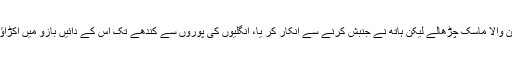
اب کے اس کی سانس اکھڑی تو اس نے چاہا کہ لحاف میں سے ہاتھ نکال کر آکسیجن والا ماسک چڑھالے لیکن ہاتھ نے جنبش کرنے سے انکار کر یا، انگلیوں کی پوروں سے کندھے تک اس کے دائیں بازو میں اکڑاؤ اتر آیا تھا، شاید اس لیے کہ وہ کافی دیر تک دائیں جانب کروٹ لیے لیٹی رہی تھی۔